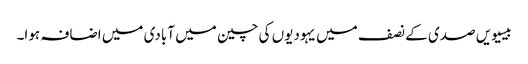
بیسیویں صدی کے نصف میں یہودیوں‌ کی چین میں آبادی میں اضافہ ہوا۔